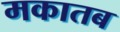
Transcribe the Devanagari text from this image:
मकातब